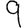
Digit: 9